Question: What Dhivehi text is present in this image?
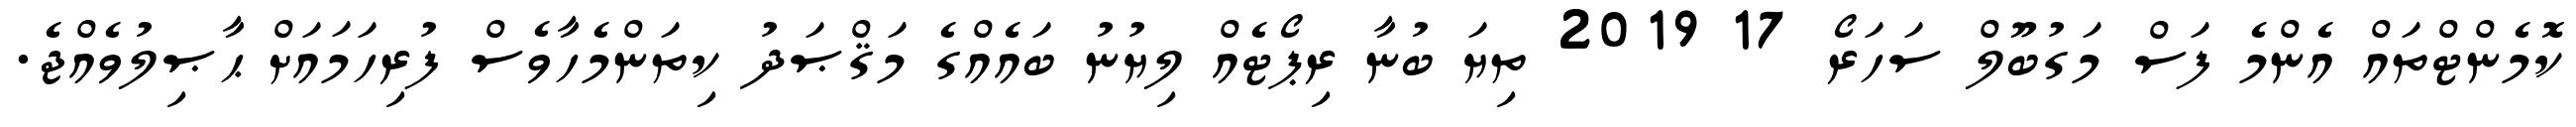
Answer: ކޮމެންޓްތައް އެންމެ ފަސް މަގުބޫލް ސަހަރޯ 17 2019 ތިޔަ ބުނާ ރިޕޯޓެއް ލިޔުނު ބައެއްގެ މަޤްޞަދު ކިތަންމެހާވެސް ފުރިހަމައަށް ޙާޞިލުވެއްޖެ.